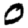
Digit: 0